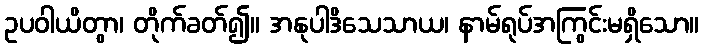
ဥပဝါယိတွာ၊ တိုက်ခတ်၍။ အနုပါဒိသေသာယ၊ နာမ်ရုပ်အကြွင်းမရှိသော။